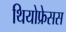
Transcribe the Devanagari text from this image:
थियोफ्रेसस